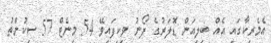
އެމެރިކާގައި އެއް ބިލިއަން ޑޮލަރުގެ ފޯނު ވިކިފައިވޭ 54 މިނެޓް 57 ސިކުންތު